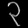
Digit: ၃